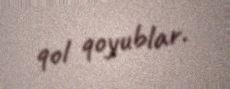
qol qoyublar.